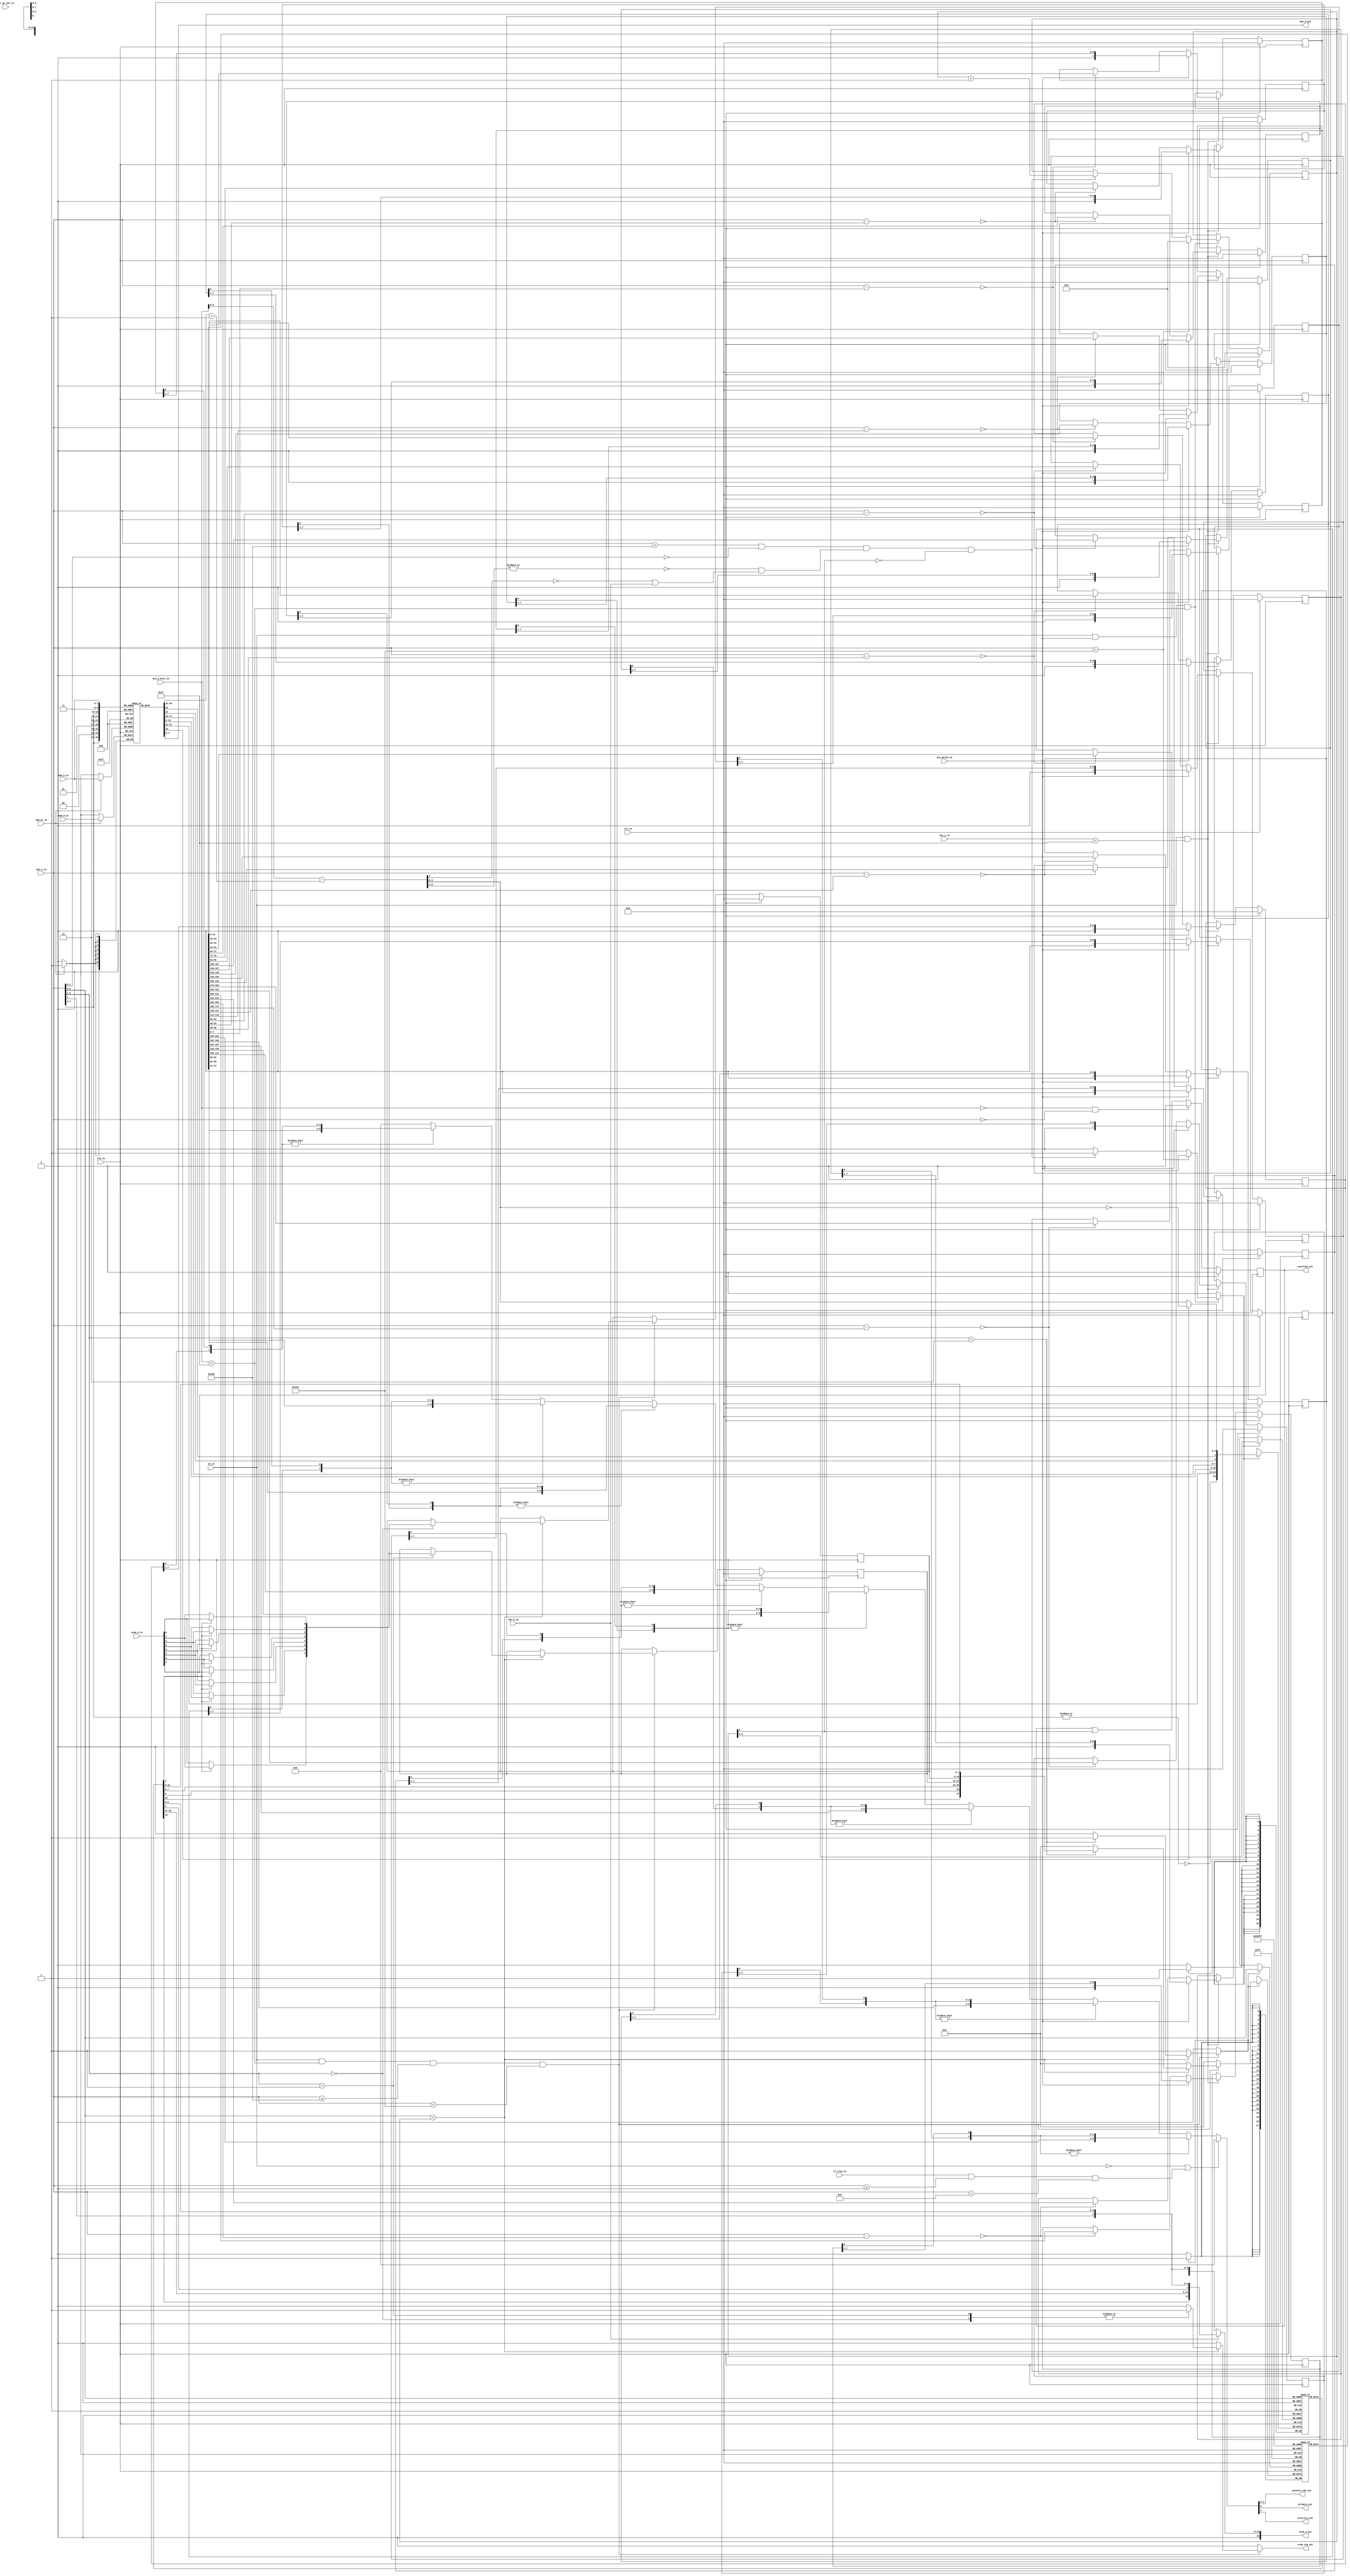
/***************************************************************************************************
** fpga_nes/hw/src/ppu/ppu_spr.v
*
*  Copyright (c) 2012, Brian Bennett
*  All rights reserved.
*
*  Redistribution and use in source and binary forms, with or without modification, are permitted
*  provided that the following conditions are met:
*
*  1. Redistributions of source code must retain the above copyright notice, this list of conditions
*     and the following disclaimer.
*  2. Redistributions in binary form must reproduce the above copyright notice, this list of
*     conditions and the following disclaimer in the documentation and/or other materials provided
*     with the distribution.
*
*  THIS SOFTWARE IS PROVIDED BY THE COPYRIGHT HOLDERS AND CONTRIBUTORS "AS IS" AND ANY EXPRESS OR
*  IMPLIED WARRANTIES, INCLUDING, BUT NOT LIMITED TO, THE IMPLIED WARRANTIES OF MERCHANTABILITY AND
*  FITNESS FOR A PARTICULAR PURPOSE ARE DISCLAIMED. IN NO EVENT SHALL THE COPYRIGHT OWNER OR
*  CONTRIBUTORS BE LIABLE FOR ANY DIRECT, INDIRECT, INCIDENTAL, SPECIAL, EXEMPLARY, OR CONSEQUENTIAL
*  DAMAGES (INCLUDING, BUT NOT LIMITED TO, PROCUREMENT OF SUBSTITUTE GOODS OR SERVICES; LOSS OF USE,
*  DATA, OR PROFITS; OR BUSINESS INTERRUPTION) HOWEVER CAUSED AND ON ANY THEORY OF LIABILITY,
*  WHETHER IN CONTRACT, STRICT LIABILITY, OR TORT (INCLUDING NEGLIGENCE OR OTHERWISE) ARISING IN ANY
*  WAY OUT OF THE USE OF THIS SOFTWARE, EVEN IF ADVISED OF THE POSSIBILITY OF SUCH DAMAGE.
*
*  Sprite PPU sub-block.
***************************************************************************************************/

module ppu_spr
(
  input  wire        clk_in,            // 100MHz system clock signal
  input  wire        rst_in,            // reset signal
  input  wire        en_in,             // enable sprites
  input  wire        ls_clip_in,        // clip sprites in left 8 pixels
  input  wire        spr_h_in,          // select 8/16 pixel high sprites
  input  wire        spr_pt_sel_in,     // sprite palette table select
  input  wire [ 7:0] oam_a_in,          // sprite ram address
  input  wire [ 7:0] oam_d_in,          // sprite ram data in
  input  wire        oam_wr_in,         // sprite ram write enable
  input  wire [ 9:0] nes_x_in,          // nes x coordinate
  input  wire [ 9:0] nes_y_in,          // nes y coordinate
  input  wire [ 9:0] nes_y_next_in,     // next line's nes y coordinate
  input  wire        pix_pulse_in,      // pulse signal one clock immediately before nes x changes
  input  wire [ 7:0] vram_d_in,         // vram data in for pattern table reads
  output wire [ 7:0] oam_d_out,         // sprite ram data out
  output wire        overflow_out,      // more than 8 sprites on one scanline in current frame
  output wire [ 3:0] palette_idx_out,   // final sprite palette index
  output wire        primary_out,       // final sprite is the primary object (sprite 0)
  output wire        priority_out,      // final sprite priority (foreground/background)
  output reg  [13:0] vram_a_out,        // vram address bus for pattern table reads
  output reg         vram_req_out       // indicates sprite block needs vram ownership
);

// OAM: Object Attribute Memory (256 entries, 4 bytes per entry)
//
// byte bits desc
// ---- ---- ----
//  0   7:0  scanline coordinate minus one of object's top pixel row.
//  1   7:0  tile index number. Bit 0 here controls pattern table selection when reg 0x2000[5]5 = 1.
//  2     0  palette select low bit
//        1  palette select high bit
//        5 object priority (> playfield's if 0; < playfield's if 1)
//        6 apply bit reversal to fetched object pattern table data
//        7 invert the 3/4-bit (8/16 scanlines/object mode) scanline address used to access an object
//          tile
//  3   7:0 scanline pixel coordinate of most left-hand side of object.
reg [7:0] m_oam [255:0];

always @(posedge clk_in)
  begin
    if (oam_wr_in)
      m_oam[oam_a_in] <= oam_d_in;
  end

// STM: Sprite Temporary Memory
//
// bits     desc
// -------  -----
//      24  primary object flag (is sprite 0?)
// 23 : 16  tile index
// 15 :  8  x coordinate
//  7 :  6  palette select bits
//       5  object priority
//       4  apply bit reversal to fetched object pattern table data (horizontal invert)
//  3 :  0  range comparison result (sprite row)
reg [24:0] m_stm [7:0];

reg [24:0] stm_din;
reg [ 2:0] stm_a;
reg        stm_wr;

always @(posedge clk_in)
  begin
    if (stm_wr)
      m_stm[stm_a] <= stm_din;
  end

// SBM: Sprite Buffer Memory
//
// bits     desc
// -------  -----
//      27  primary object flag (is sprite 0?)
//      26  priority
// 25 - 24  palette select (bit 3-2)
// 23 - 16  pattern data bit 1
// 15 -  8  pattern data bit 0
//  7 -  0  x-start
reg [27:0] m_sbm [7:0];

reg [27:0] sbm_din;
reg [ 2:0] sbm_a;
reg        sbm_wr;

always @(posedge clk_in)
  begin
    if (sbm_wr)
      m_sbm[sbm_a] <= sbm_din;
  end

//
// In-range object evaluation (line N-1, fetch phases 1-128).
//
reg [3:0] q_in_rng_cnt,   d_in_rng_cnt;    // number of objects on the next scanline
reg       q_spr_overflow, d_spr_overflow;  // signals more than 8 objects on a scanline this frame

always @(posedge clk_in)
  begin
    if (rst_in)
      begin
        q_in_rng_cnt   <= 4'h0;
        q_spr_overflow <= 1'h0;
      end
    else
      begin
        q_in_rng_cnt   <= d_in_rng_cnt;
        q_spr_overflow <= d_spr_overflow;
      end
  end

wire [5:0] oam_rd_idx;       // oam entry selector
wire [7:0] oam_rd_y;         // cur oam entry y coordinate
wire [7:0] oam_rd_tile_idx;  // cur oam entry tile index
wire       oam_rd_v_inv;     // cur oam entry vertical inversion state
wire       oam_rd_h_inv;     // cur oam entry horizontal inversion state
wire       oam_rd_priority;  // cur oam entry priority
wire [1:0] oam_rd_ps;        // cur oam entry palette select
wire [7:0] oam_rd_x;         // cur oam entry x coordinate

wire [8:0] rng_cmp_res;      // 9-bit comparison result for in-range check
wire       in_rng;           // indicates whether current object is in-range

assign oam_rd_idx      = nes_x_in[7:2];

assign oam_rd_y        = m_oam[{ oam_rd_idx, 2'b00 }] + 8'h01;
assign oam_rd_tile_idx = m_oam[{ oam_rd_idx, 2'b01 }];
assign oam_rd_v_inv    = m_oam[{ oam_rd_idx, 2'b10 }] >> 3'h7;
assign oam_rd_h_inv    = m_oam[{ oam_rd_idx, 2'b10 }] >> 3'h6;
assign oam_rd_priority = m_oam[{ oam_rd_idx, 2'b10 }] >> 3'h5;
assign oam_rd_ps       = m_oam[{ oam_rd_idx, 2'b10 }];
assign oam_rd_x        = m_oam[{ oam_rd_idx, 2'b11 }];

assign rng_cmp_res     = nes_y_next_in - oam_rd_y;
assign in_rng          = (~|rng_cmp_res[8:4]) & (~rng_cmp_res[3] | spr_h_in);

always @*
  begin
    d_in_rng_cnt  = q_in_rng_cnt;

    // Reset the sprite overflow flag at the beginning of each frame.  Otherwise, set the flag if
    // any scanline in this frame has intersected more than 8 sprites.
    if ((nes_y_next_in == 0) && (nes_x_in == 0))
      d_spr_overflow = 1'b0;
    else
      d_spr_overflow = q_spr_overflow || q_in_rng_cnt[3];

    stm_a  = q_in_rng_cnt[2:0];
    stm_wr = 1'b0;

    stm_din[   24] = ~|oam_rd_idx;
    stm_din[23:16] = oam_rd_tile_idx;
    stm_din[15: 8] = oam_rd_x;
    stm_din[ 7: 6] = oam_rd_ps;
    stm_din[    5] = oam_rd_priority;
    stm_din[    4] = oam_rd_h_inv;
    stm_din[ 3: 0] = (oam_rd_v_inv) ? ~rng_cmp_res[3:0] : rng_cmp_res[3:0];

    if (en_in && pix_pulse_in && (nes_y_next_in < 239))
      begin
        if (nes_x_in == 320)
          begin
            // Reset the in-range count and sprite 0 in-rnage flag at the end of each scanline.
            d_in_rng_cnt  = 4'h0;
          end
        else if ((nes_x_in < 256) && (nes_x_in[1:0] == 2'h0) && in_rng && !q_in_rng_cnt[3])
          begin
            // Current object is in range, and there are less than 8 in-range objects found
            // so far.  Update the STM and increment the in-range counter.
            stm_wr       = 1'b1;
            d_in_rng_cnt = q_in_rng_cnt + 4'h1;
          end
      end
  end

//
// Object pattern fetch (fetch phases 129-160).
//
reg [7:0] q_pd0, d_pd0;
reg [7:0] q_pd1, d_pd1;

always @(posedge clk_in)
  begin
    if (rst_in)
      begin
        q_pd1 <= 8'h00;
        q_pd0 <= 8'h00;
      end
    else
      begin
        q_pd1 <= d_pd1;
        q_pd0 <= d_pd0;
      end
  end

wire [2:0] stm_rd_idx;
wire       stm_rd_primary;
wire [7:0] stm_rd_tile_idx;
wire [7:0] stm_rd_x;
wire [1:0] stm_rd_ps;
wire       stm_rd_priority;
wire       stm_rd_h_inv;
wire [3:0] stm_rd_obj_row;

assign stm_rd_idx      = nes_x_in[5:3];
assign stm_rd_primary  = m_stm[stm_rd_idx] >> 24;
assign stm_rd_tile_idx = m_stm[stm_rd_idx] >> 16;
assign stm_rd_x        = m_stm[stm_rd_idx] >> 8;
assign stm_rd_ps       = m_stm[stm_rd_idx] >> 6;
assign stm_rd_priority = m_stm[stm_rd_idx] >> 5;
assign stm_rd_h_inv    = m_stm[stm_rd_idx] >> 4;
assign stm_rd_obj_row  = m_stm[stm_rd_idx];

always @*
  begin
    d_pd1 = q_pd1;
    d_pd0 = q_pd0;

    sbm_a   = stm_rd_idx;
    sbm_wr  = 1'b0;
    sbm_din = 28'h000;

    vram_req_out = 1'b0;

    if (spr_h_in)
      vram_a_out = { 1'b0,
                     stm_rd_tile_idx[0],
                     stm_rd_tile_idx[7:1],
                     stm_rd_obj_row[3],
                     nes_x_in[1],
                     stm_rd_obj_row[2:0] };
    else
      vram_a_out = { 1'b0,
                     spr_pt_sel_in,
                     stm_rd_tile_idx,
                     nes_x_in[1],
                     stm_rd_obj_row[2:0] };

    if (en_in && (nes_y_next_in < 239) && (nes_x_in >= 256) && (nes_x_in < 320))
      begin
        if (stm_rd_idx < q_in_rng_cnt)
          begin
            case (nes_x_in[2:1])
              2'h0:
                begin
                  vram_req_out = 1'b1;

                  if (stm_rd_h_inv)
                    begin
                      d_pd0 = vram_d_in;
                    end
                  else
                    begin
                      d_pd0[0] = vram_d_in[7];
                      d_pd0[1] = vram_d_in[6];
                      d_pd0[2] = vram_d_in[5];
                      d_pd0[3] = vram_d_in[4];
                      d_pd0[4] = vram_d_in[3];
                      d_pd0[5] = vram_d_in[2];
                      d_pd0[6] = vram_d_in[1];
                      d_pd0[7] = vram_d_in[0];
                    end
                end
              2'h1:
                begin
                  vram_req_out = 1'b1;

                  if (stm_rd_h_inv)
                    begin
                      d_pd1 = vram_d_in;
                    end
                  else
                    begin
                      d_pd1[0] = vram_d_in[7];
                      d_pd1[1] = vram_d_in[6];
                      d_pd1[2] = vram_d_in[5];
                      d_pd1[3] = vram_d_in[4];
                      d_pd1[4] = vram_d_in[3];
                      d_pd1[5] = vram_d_in[2];
                      d_pd1[6] = vram_d_in[1];
                      d_pd1[7] = vram_d_in[0];
                    end
                end
              2'h2:
                begin
                  sbm_din = { stm_rd_primary, stm_rd_priority, stm_rd_ps, q_pd1, q_pd0, stm_rd_x };
                  sbm_wr  = 1'b1;
                end
            endcase
          end
        else
          begin
            sbm_din = 28'h0000000;
            sbm_wr  = 1'b1;
          end
      end
  end

//
// Object prioritization and output (line N, fetch phases 1-128).
//
reg  [7:0] q_obj0_pd1_shift, d_obj0_pd1_shift;
reg  [7:0] q_obj1_pd1_shift, d_obj1_pd1_shift;
reg  [7:0] q_obj2_pd1_shift, d_obj2_pd1_shift;
reg  [7:0] q_obj3_pd1_shift, d_obj3_pd1_shift;
reg  [7:0] q_obj4_pd1_shift, d_obj4_pd1_shift;
reg  [7:0] q_obj5_pd1_shift, d_obj5_pd1_shift;
reg  [7:0] q_obj6_pd1_shift, d_obj6_pd1_shift;
reg  [7:0] q_obj7_pd1_shift, d_obj7_pd1_shift;
reg  [7:0] q_obj0_pd0_shift, d_obj0_pd0_shift;
reg  [7:0] q_obj1_pd0_shift, d_obj1_pd0_shift;
reg  [7:0] q_obj2_pd0_shift, d_obj2_pd0_shift;
reg  [7:0] q_obj3_pd0_shift, d_obj3_pd0_shift;
reg  [7:0] q_obj4_pd0_shift, d_obj4_pd0_shift;
reg  [7:0] q_obj5_pd0_shift, d_obj5_pd0_shift;
reg  [7:0] q_obj6_pd0_shift, d_obj6_pd0_shift;
reg  [7:0] q_obj7_pd0_shift, d_obj7_pd0_shift;

always @(posedge clk_in)
  begin
    if (rst_in)
      begin
        q_obj0_pd1_shift <= 8'h00;
        q_obj1_pd1_shift <= 8'h00;
        q_obj2_pd1_shift <= 8'h00;
        q_obj3_pd1_shift <= 8'h00;
        q_obj4_pd1_shift <= 8'h00;
        q_obj5_pd1_shift <= 8'h00;
        q_obj6_pd1_shift <= 8'h00;
        q_obj7_pd1_shift <= 8'h00;
        q_obj0_pd0_shift <= 8'h00;
        q_obj1_pd0_shift <= 8'h00;
        q_obj2_pd0_shift <= 8'h00;
        q_obj3_pd0_shift <= 8'h00;
        q_obj4_pd0_shift <= 8'h00;
        q_obj5_pd0_shift <= 8'h00;
        q_obj6_pd0_shift <= 8'h00;
        q_obj7_pd0_shift <= 8'h00;
      end
    else
      begin
        q_obj0_pd1_shift <= d_obj0_pd1_shift;
        q_obj1_pd1_shift <= d_obj1_pd1_shift;
        q_obj2_pd1_shift <= d_obj2_pd1_shift;
        q_obj3_pd1_shift <= d_obj3_pd1_shift;
        q_obj4_pd1_shift <= d_obj4_pd1_shift;
        q_obj5_pd1_shift <= d_obj5_pd1_shift;
        q_obj6_pd1_shift <= d_obj6_pd1_shift;
        q_obj7_pd1_shift <= d_obj7_pd1_shift;
        q_obj0_pd0_shift <= d_obj0_pd0_shift;
        q_obj1_pd0_shift <= d_obj1_pd0_shift;
        q_obj2_pd0_shift <= d_obj2_pd0_shift;
        q_obj3_pd0_shift <= d_obj3_pd0_shift;
        q_obj4_pd0_shift <= d_obj4_pd0_shift;
        q_obj5_pd0_shift <= d_obj5_pd0_shift;
        q_obj6_pd0_shift <= d_obj6_pd0_shift;
        q_obj7_pd0_shift <= d_obj7_pd0_shift;
      end
  end

wire       sbm_rd_obj0_primary;
wire       sbm_rd_obj0_priority;
wire [1:0] sbm_rd_obj0_ps;
wire [7:0] sbm_rd_obj0_pd1;
wire [7:0] sbm_rd_obj0_pd0;
wire [7:0] sbm_rd_obj0_x;
wire       sbm_rd_obj1_primary;
wire       sbm_rd_obj1_priority;
wire [1:0] sbm_rd_obj1_ps;
wire [7:0] sbm_rd_obj1_pd1;
wire [7:0] sbm_rd_obj1_pd0;
wire [7:0] sbm_rd_obj1_x;
wire       sbm_rd_obj2_primary;
wire       sbm_rd_obj2_priority;
wire [1:0] sbm_rd_obj2_ps;
wire [7:0] sbm_rd_obj2_pd1;
wire [7:0] sbm_rd_obj2_pd0;
wire [7:0] sbm_rd_obj2_x;
wire       sbm_rd_obj3_primary;
wire       sbm_rd_obj3_priority;
wire [1:0] sbm_rd_obj3_ps;
wire [7:0] sbm_rd_obj3_pd1;
wire [7:0] sbm_rd_obj3_pd0;
wire [7:0] sbm_rd_obj3_x;
wire       sbm_rd_obj4_primary;
wire       sbm_rd_obj4_priority;
wire [1:0] sbm_rd_obj4_ps;
wire [7:0] sbm_rd_obj4_pd1;
wire [7:0] sbm_rd_obj4_pd0;
wire [7:0] sbm_rd_obj4_x;
wire       sbm_rd_obj5_primary;
wire       sbm_rd_obj5_priority;
wire [1:0] sbm_rd_obj5_ps;
wire [7:0] sbm_rd_obj5_pd1;
wire [7:0] sbm_rd_obj5_pd0;
wire [7:0] sbm_rd_obj5_x;
wire       sbm_rd_obj6_primary;
wire       sbm_rd_obj6_priority;
wire [1:0] sbm_rd_obj6_ps;
wire [7:0] sbm_rd_obj6_pd1;
wire [7:0] sbm_rd_obj6_pd0;
wire [7:0] sbm_rd_obj6_x;
wire       sbm_rd_obj7_primary;
wire       sbm_rd_obj7_priority;
wire [1:0] sbm_rd_obj7_ps;
wire [7:0] sbm_rd_obj7_pd1;
wire [7:0] sbm_rd_obj7_pd0;
wire [7:0] sbm_rd_obj7_x;


assign sbm_rd_obj0_primary  = m_sbm[0] >> 27;
assign sbm_rd_obj0_priority = m_sbm[0] >> 26;
assign sbm_rd_obj0_ps       = m_sbm[0] >> 24;
assign sbm_rd_obj0_pd1      = m_sbm[0] >> 16;
assign sbm_rd_obj0_pd0      = m_sbm[0] >> 8;
assign sbm_rd_obj0_x        = m_sbm[0];
assign sbm_rd_obj1_primary  = m_sbm[1] >> 27;
assign sbm_rd_obj1_priority = m_sbm[1] >> 26;
assign sbm_rd_obj1_ps       = m_sbm[1] >> 24;
assign sbm_rd_obj1_pd1      = m_sbm[1] >> 16;
assign sbm_rd_obj1_pd0      = m_sbm[1] >> 8;
assign sbm_rd_obj1_x        = m_sbm[1];
assign sbm_rd_obj2_primary  = m_sbm[2] >> 27;
assign sbm_rd_obj2_priority = m_sbm[2] >> 26;
assign sbm_rd_obj2_ps       = m_sbm[2] >> 24;
assign sbm_rd_obj2_pd1      = m_sbm[2] >> 16;
assign sbm_rd_obj2_pd0      = m_sbm[2] >> 8;
assign sbm_rd_obj2_x        = m_sbm[2];
assign sbm_rd_obj3_primary  = m_sbm[3] >> 27;
assign sbm_rd_obj3_priority = m_sbm[3] >> 26;
assign sbm_rd_obj3_ps       = m_sbm[3] >> 24;
assign sbm_rd_obj3_pd1      = m_sbm[3] >> 16;
assign sbm_rd_obj3_pd0      = m_sbm[3] >> 8;
assign sbm_rd_obj3_x        = m_sbm[3];
assign sbm_rd_obj4_primary  = m_sbm[4] >> 27;
assign sbm_rd_obj4_priority = m_sbm[4] >> 26;
assign sbm_rd_obj4_ps       = m_sbm[4] >> 24;
assign sbm_rd_obj4_pd1      = m_sbm[4] >> 16;
assign sbm_rd_obj4_pd0      = m_sbm[4] >> 8;
assign sbm_rd_obj4_x        = m_sbm[4];
assign sbm_rd_obj5_primary  = m_sbm[5] >> 27;
assign sbm_rd_obj5_priority = m_sbm[5] >> 26;
assign sbm_rd_obj5_ps       = m_sbm[5] >> 24;
assign sbm_rd_obj5_pd1      = m_sbm[5] >> 16;
assign sbm_rd_obj5_pd0      = m_sbm[5] >> 8;
assign sbm_rd_obj5_x        = m_sbm[5];
assign sbm_rd_obj6_primary  = m_sbm[6] >> 27;
assign sbm_rd_obj6_priority = m_sbm[6] >> 26;
assign sbm_rd_obj6_ps       = m_sbm[6] >> 24;
assign sbm_rd_obj6_pd1      = m_sbm[6] >> 16;
assign sbm_rd_obj6_pd0      = m_sbm[6] >> 8;
assign sbm_rd_obj6_x        = m_sbm[6];
assign sbm_rd_obj7_primary  = m_sbm[7] >> 27;
assign sbm_rd_obj7_priority = m_sbm[7] >> 26;
assign sbm_rd_obj7_ps       = m_sbm[7] >> 24;
assign sbm_rd_obj7_pd1      = m_sbm[7] >> 16;
assign sbm_rd_obj7_pd0      = m_sbm[7] >> 8;
assign sbm_rd_obj7_x        = m_sbm[7];

always @*
  begin
    d_obj0_pd1_shift = q_obj0_pd1_shift;
    d_obj1_pd1_shift = q_obj1_pd1_shift;
    d_obj2_pd1_shift = q_obj2_pd1_shift;
    d_obj3_pd1_shift = q_obj3_pd1_shift;
    d_obj4_pd1_shift = q_obj4_pd1_shift;
    d_obj5_pd1_shift = q_obj5_pd1_shift;
    d_obj6_pd1_shift = q_obj6_pd1_shift;
    d_obj7_pd1_shift = q_obj7_pd1_shift;
    d_obj0_pd0_shift = q_obj0_pd0_shift;
    d_obj1_pd0_shift = q_obj1_pd0_shift;
    d_obj2_pd0_shift = q_obj2_pd0_shift;
    d_obj3_pd0_shift = q_obj3_pd0_shift;
    d_obj4_pd0_shift = q_obj4_pd0_shift;
    d_obj5_pd0_shift = q_obj5_pd0_shift;
    d_obj6_pd0_shift = q_obj6_pd0_shift;
    d_obj7_pd0_shift = q_obj7_pd0_shift;

    if (en_in && (nes_y_in < 239))
      begin
        if (pix_pulse_in)
          begin
            d_obj0_pd1_shift = { 1'b0, q_obj0_pd1_shift[7:1] };
            d_obj0_pd0_shift = { 1'b0, q_obj0_pd0_shift[7:1] };
          end
        else if ((nes_x_in - sbm_rd_obj0_x) == 8'h00)
          begin
            d_obj0_pd1_shift = sbm_rd_obj0_pd1;
            d_obj0_pd0_shift = sbm_rd_obj0_pd0;
          end

        if (pix_pulse_in)
          begin
            d_obj1_pd1_shift = { 1'b0, q_obj1_pd1_shift[7:1] };
            d_obj1_pd0_shift = { 1'b0, q_obj1_pd0_shift[7:1] };
          end
        else if ((nes_x_in - sbm_rd_obj1_x) == 8'h00)
          begin
            d_obj1_pd1_shift = sbm_rd_obj1_pd1;
            d_obj1_pd0_shift = sbm_rd_obj1_pd0;
          end

        if (pix_pulse_in)
          begin
            d_obj2_pd1_shift = { 1'b0, q_obj2_pd1_shift[7:1] };
            d_obj2_pd0_shift = { 1'b0, q_obj2_pd0_shift[7:1] };
          end
        else if ((nes_x_in - sbm_rd_obj2_x) == 8'h00)
          begin
            d_obj2_pd1_shift = sbm_rd_obj2_pd1;
            d_obj2_pd0_shift = sbm_rd_obj2_pd0;
          end

        if (pix_pulse_in)
          begin
            d_obj3_pd1_shift = { 1'b0, q_obj3_pd1_shift[7:1] };
            d_obj3_pd0_shift = { 1'b0, q_obj3_pd0_shift[7:1] };
          end
        else if ((nes_x_in - sbm_rd_obj3_x) == 8'h00)
          begin
            d_obj3_pd1_shift = sbm_rd_obj3_pd1;
            d_obj3_pd0_shift = sbm_rd_obj3_pd0;
          end

        if (pix_pulse_in)
          begin
            d_obj4_pd1_shift = { 1'b0, q_obj4_pd1_shift[7:1] };
            d_obj4_pd0_shift = { 1'b0, q_obj4_pd0_shift[7:1] };
          end
        else if ((nes_x_in - sbm_rd_obj4_x) == 8'h00)
          begin
            d_obj4_pd1_shift = sbm_rd_obj4_pd1;
            d_obj4_pd0_shift = sbm_rd_obj4_pd0;
          end

        if (pix_pulse_in)
          begin
            d_obj5_pd1_shift = { 1'b0, q_obj5_pd1_shift[7:1] };
            d_obj5_pd0_shift = { 1'b0, q_obj5_pd0_shift[7:1] };
          end
        else if ((nes_x_in - sbm_rd_obj5_x) == 8'h00)
          begin
            d_obj5_pd1_shift = sbm_rd_obj5_pd1;
            d_obj5_pd0_shift = sbm_rd_obj5_pd0;
          end

        if (pix_pulse_in)
          begin
            d_obj6_pd1_shift = { 1'b0, q_obj6_pd1_shift[7:1] };
            d_obj6_pd0_shift = { 1'b0, q_obj6_pd0_shift[7:1] };
          end
        else if ((nes_x_in - sbm_rd_obj6_x) == 8'h00)
          begin
            d_obj6_pd1_shift = sbm_rd_obj6_pd1;
            d_obj6_pd0_shift = sbm_rd_obj6_pd0;
          end

        if (pix_pulse_in)
          begin
            d_obj7_pd1_shift = { 1'b0, q_obj7_pd1_shift[7:1] };
            d_obj7_pd0_shift = { 1'b0, q_obj7_pd0_shift[7:1] };
          end
        else if ((nes_x_in - sbm_rd_obj7_x) == 8'h00)
          begin
            d_obj7_pd1_shift = sbm_rd_obj7_pd1;
            d_obj7_pd0_shift = sbm_rd_obj7_pd0;
          end
      end
  end

assign { primary_out, priority_out, palette_idx_out } =
  (!en_in || (ls_clip_in && (nes_x_in >= 10'h000) && (nes_x_in < 10'h008))) ?
      6'h00 :
  ({ q_obj0_pd1_shift[0], q_obj0_pd0_shift[0] } != 0) ?
      { sbm_rd_obj0_primary, sbm_rd_obj0_priority, sbm_rd_obj0_ps, q_obj0_pd1_shift[0], q_obj0_pd0_shift[0] } :
  ({ q_obj1_pd1_shift[0], q_obj1_pd0_shift[0] } != 0) ?
      { sbm_rd_obj1_primary, sbm_rd_obj1_priority, sbm_rd_obj1_ps, q_obj1_pd1_shift[0], q_obj1_pd0_shift[0] } :
  ({ q_obj2_pd1_shift[0], q_obj2_pd0_shift[0] } != 0) ?
      { sbm_rd_obj2_primary, sbm_rd_obj2_priority, sbm_rd_obj2_ps, q_obj2_pd1_shift[0], q_obj2_pd0_shift[0] } :
  ({ q_obj3_pd1_shift[0], q_obj3_pd0_shift[0] } != 0) ?
      { sbm_rd_obj3_primary, sbm_rd_obj3_priority, sbm_rd_obj3_ps, q_obj3_pd1_shift[0], q_obj3_pd0_shift[0] } :
  ({ q_obj4_pd1_shift[0], q_obj4_pd0_shift[0] } != 0) ?
      { sbm_rd_obj4_primary, sbm_rd_obj4_priority, sbm_rd_obj4_ps, q_obj4_pd1_shift[0], q_obj4_pd0_shift[0] } :
  ({ q_obj5_pd1_shift[0], q_obj5_pd0_shift[0] } != 0) ?
      { sbm_rd_obj5_primary, sbm_rd_obj5_priority, sbm_rd_obj5_ps, q_obj5_pd1_shift[0], q_obj5_pd0_shift[0] } :
  ({ q_obj6_pd1_shift[0], q_obj6_pd0_shift[0] } != 0) ?
      { sbm_rd_obj6_primary, sbm_rd_obj6_priority, sbm_rd_obj6_ps, q_obj6_pd1_shift[0], q_obj6_pd0_shift[0] } :
  ({ q_obj7_pd1_shift[0], q_obj7_pd0_shift[0] } != 0) ?
      { sbm_rd_obj7_primary, sbm_rd_obj7_priority, sbm_rd_obj7_ps, q_obj7_pd1_shift[0], q_obj7_pd0_shift[0] } : 6'b0000;

assign oam_d_out    = m_oam[oam_a_in];
assign overflow_out = q_spr_overflow;

endmodule